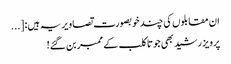
ان مقابلوں کی چند خوبصورت تصاویر یہ ہیں: [...
پرویز رشید بھی جوتا کلب کے ممبر بن گئے!